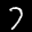
Label: 7